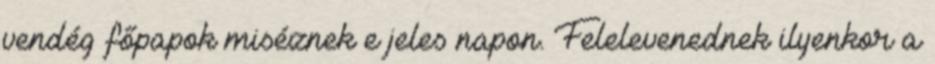
vendég főpapok miséznek e jeles napon. Felelevenednek ilyenkor a